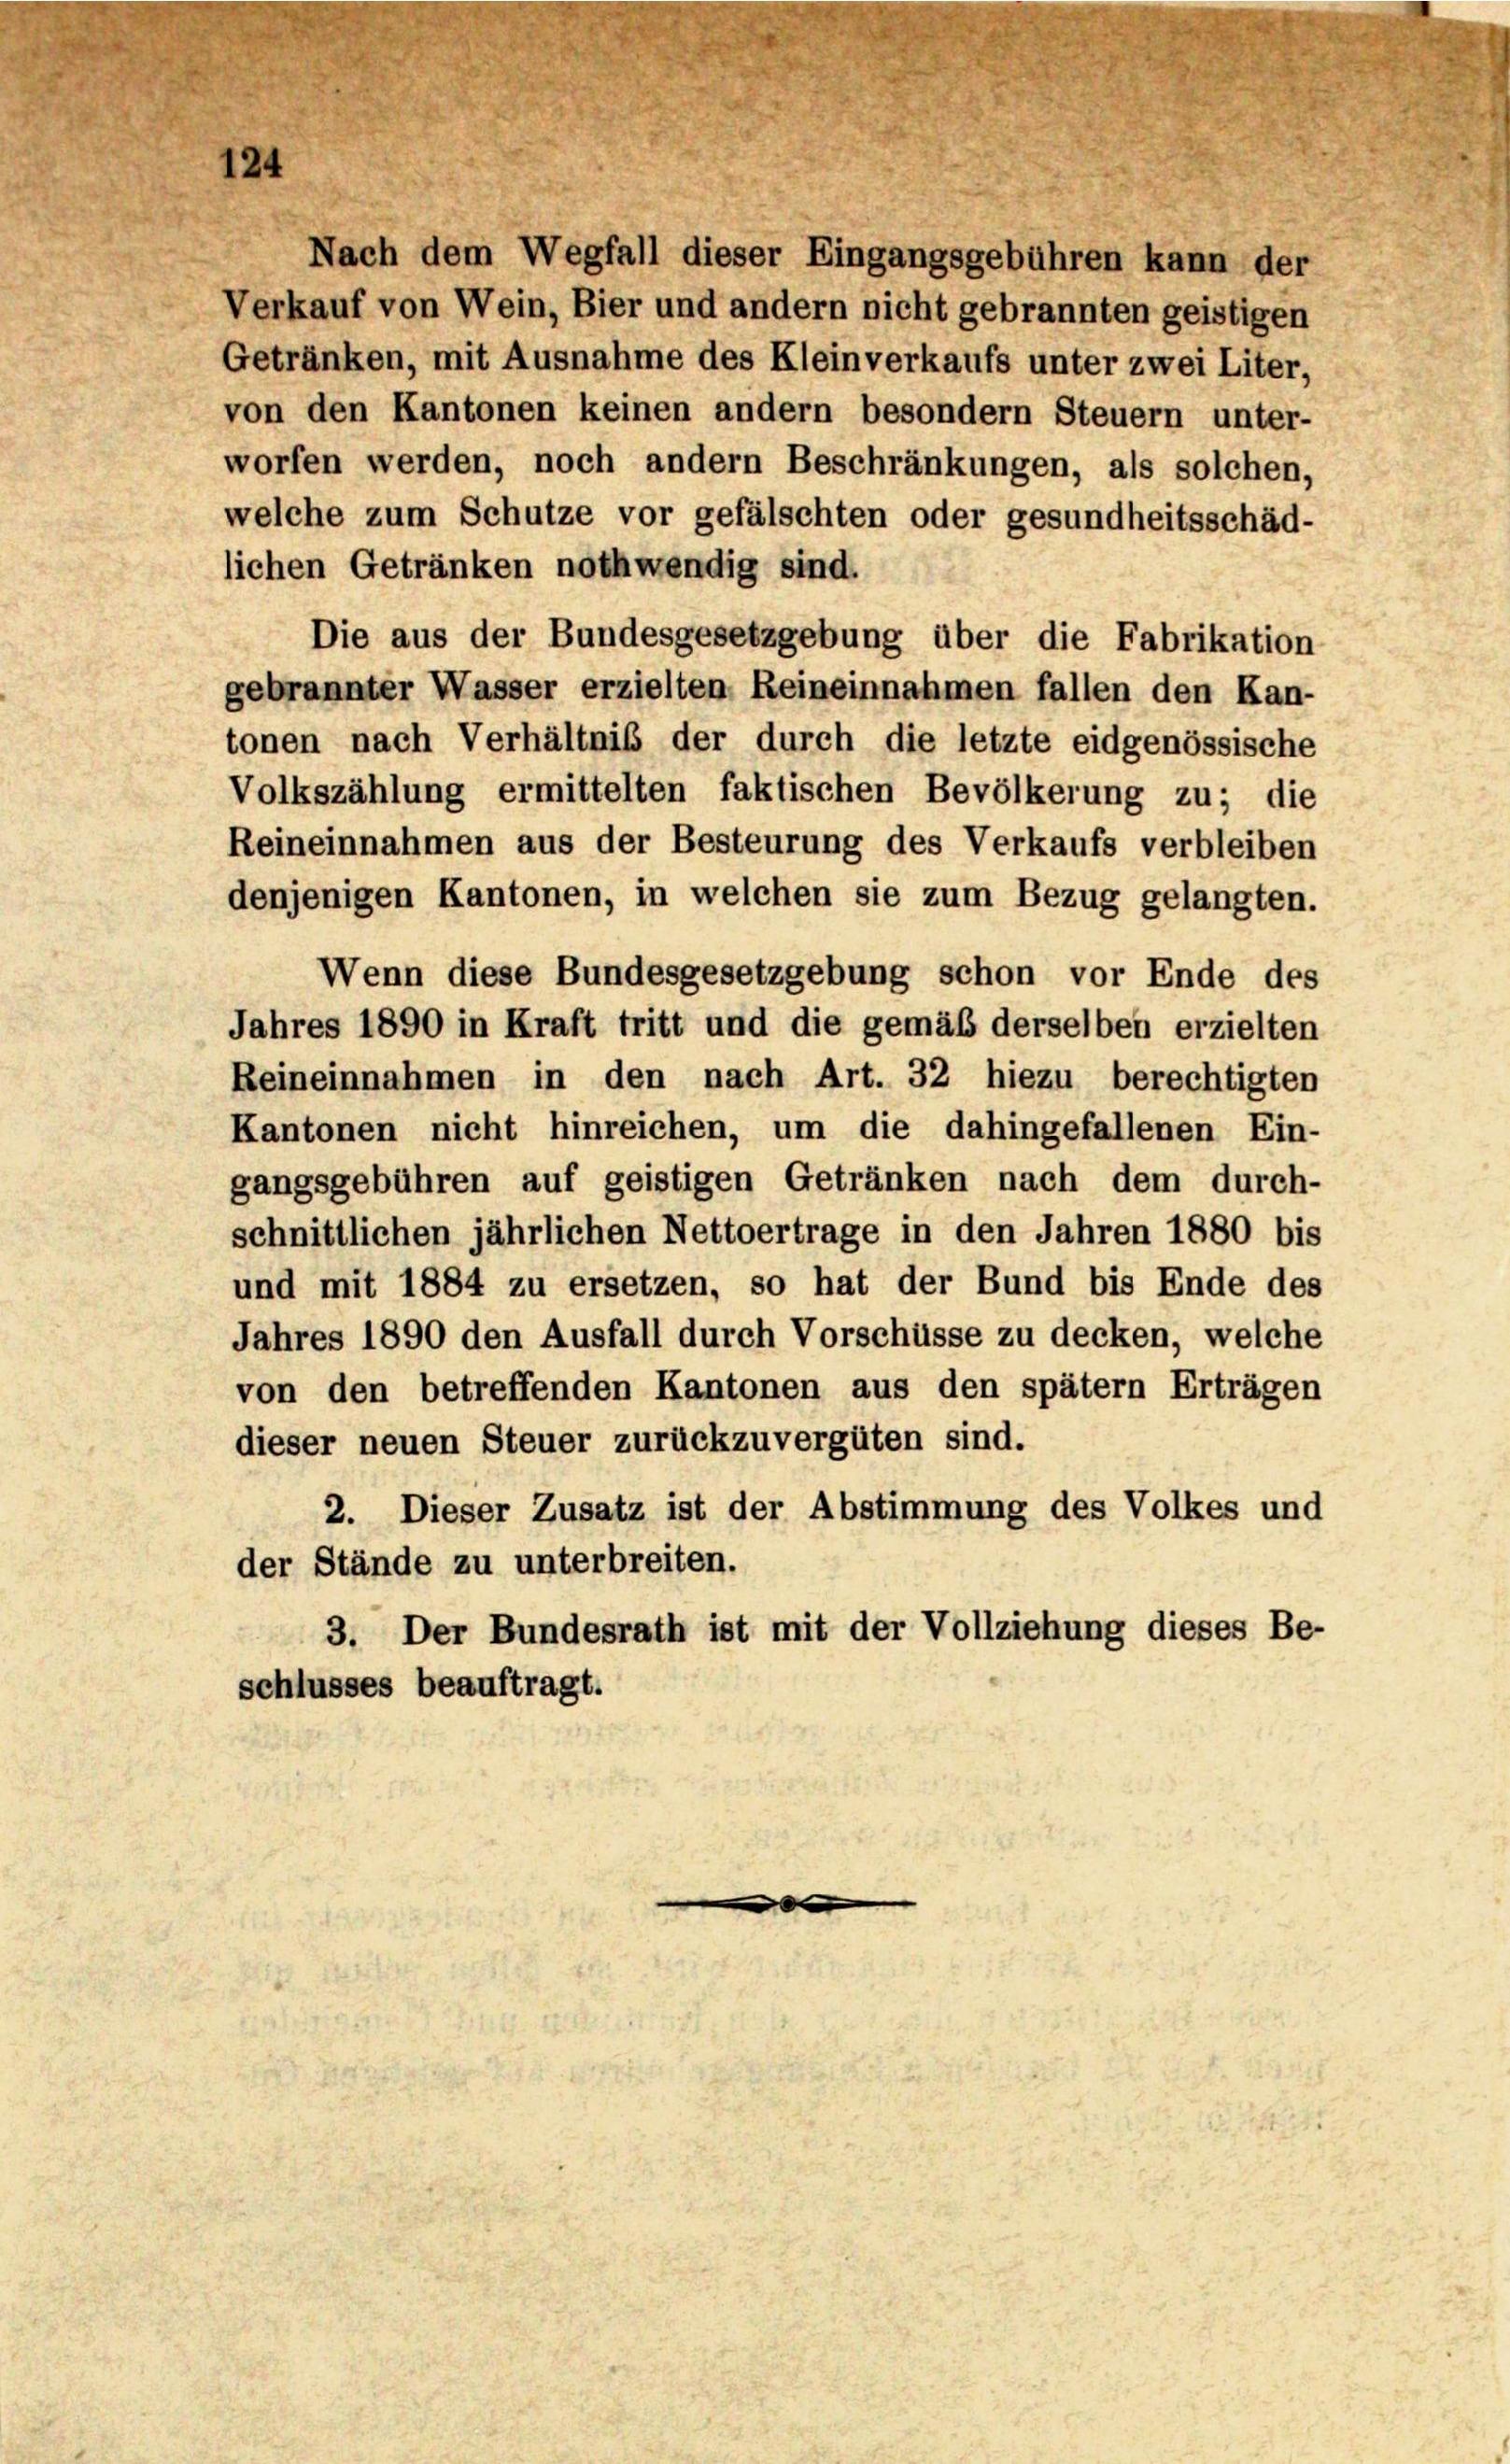
12

denjenigen Kantonen, in welchen sie zum Bezug gelangten.
Wenn diese Bundesgesetzgebung schon vor Ende des
Jahres 1890 in Kraft tritt und die gemäß derselben erzielten
Reineinnahmen in den nach Art. 32 hiezu berechtigten
Kantonen nicht hinreichen, um die dahingefallenen Ein-
gangsgebühren auf geistigen Getränken nach dem durch-
schnittlichen jährlichen Nettoertrage in den Jahren 1880 bis
und mit 1884 zu ersetzen, so hat der Bund bis Ende des
Jahres 1890 den Ausfall durch Vorschüsse zu decken, welche
von den betreffenden Kantonen aus den spätem Erträgen
dieser neuen Steuer zurückzuvergüten sind.
2. Dieser Zusatz ist der Abstimmung des Volkes und
der Stände zu unterbreiten.
3. Der Bundesrath ist mit der Vollziehung dieses Be-
schlusses beauftragt.

Nach dem Wegfall dieser Eingangsgebühren kann der
Verkauf von Wein, Bier und andern nicht gebrannten geistigen
Getränken, mit Ausnahme des Kleinverkaufs unter zwei Liter,
von den Kantonen keinen andern besondern Steuern unter-
worfen werden, noch andern Beschränkungen, als solchen,
welche zum Schutze vor gefälschten oder gesundheitsschäd-
lichen Getränken nothwendig sind.
Die aus der Bundesgesetzgebung über die Fabrikation
gebrannter Wasser erzielten Reineinnahmen fallen den Kan-
tonen nach Verhältniß der durch die letzte eidgenössische
Volkszählung ermittelten faktischen Bevölkerung zu; die
Reineinnahmen aus der Besteurung des Verkaufs verbleiben